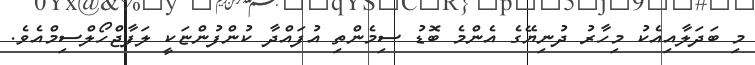
މި ބަދަލާއިއެކު މިހާރު ދުނިޔޭގެ އެންމެ ބޮޑު ސިމެންތި އުފައްދާ ކުންފުންޏަކީ ލަފާޖްހޯލްސިމްއެވެ.